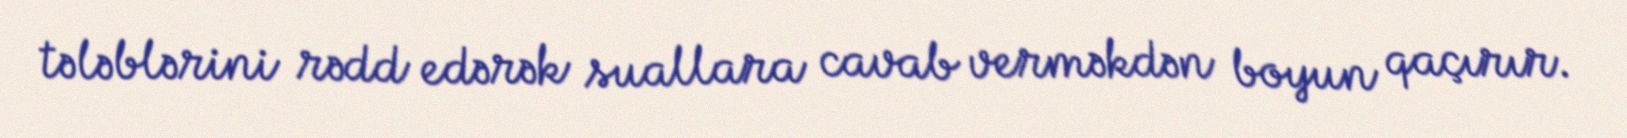
tələblərini rədd edərək suallara cavab verməkdən boyun qaçırır.